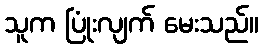
သူက ပြုံးလျက် မေးသည်။